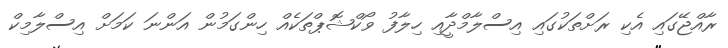
ރާއްޖޭގައި އެކި ރަށްތަކުގައި އިސްލާމްދީާއި ހިލާފު ވޯކްޝޮޕްތަކެއް ހިންގަމުން އަންނަ ކަމަށް އިސްލާމިކް